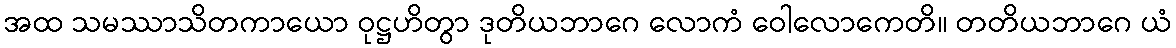
အထ သမဿာသိတကာယော ဝုဋ္ဌဟိတွာ ဒုတိယဘာဂေ လောကံ ဝေါလောကေတိ။ တတိယဘာဂေ ယံ